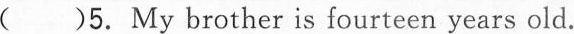
( )5. My brother is fourteen years old.